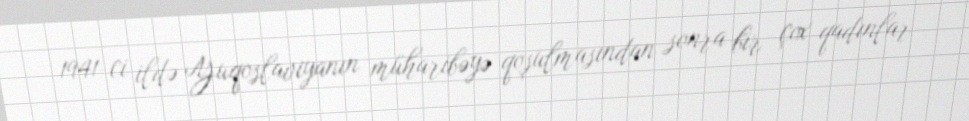
1941-ci ildə Yuqoslaviyanın müharibəyə qoşulmasından sonra bir çox qadınlar